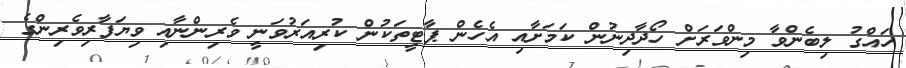
ހައްގު ލިބެންވާ މިންވަރަށް ހޯދާދިނުން ކަމަށާއި އެހެން ޕާޓީތަކުން ކުރިއަރުވަނީ ވެރިންނާއި ވިޔަފާރިވެރިންގެ